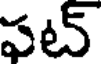
పట్